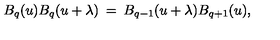
B _ { q } ( u ) B _ { q } ( u + \lambda ) \: = \: B _ { q - 1 } ( u + \lambda ) B _ { q + 1 } ( u ) ,